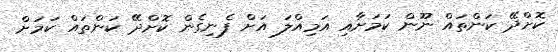
ކޮށްދޭ ކަންތައް ނޫން ކަމަށާއި އަމިއްލަ އަށް ފެނިގެން ކޮށްދޭ ކަންތައް ކަމަށް